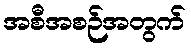
အစီအစဉ်အတွက်